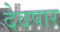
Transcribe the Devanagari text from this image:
देवपार